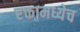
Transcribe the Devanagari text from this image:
रक्तामध्येच